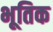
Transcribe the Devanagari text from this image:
भूतिक